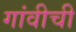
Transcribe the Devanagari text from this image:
गांवीची